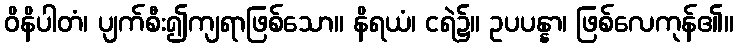
ဝိနိပါတံ၊ ပျက်စီး၍ကျရာဖြစ်သော။ နိရယံ၊ ငရဲ၌။ ဥပပန္နာ၊ ဖြစ်လေကုန်၏။